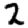
Digit: 2